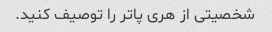
شخصیتی از هری پاتر را توصیف کنید.